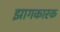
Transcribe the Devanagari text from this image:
झागकारक